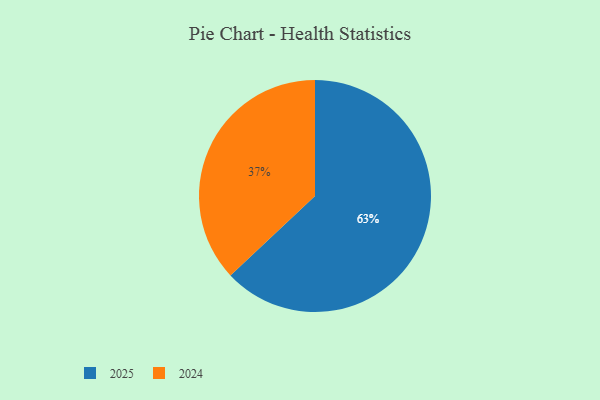
{"axis": {"x": "Category", "y": "Percentage"}, "legend": ["2024", "2025"], "data": [{"x": "2025", "y": 63, "type": "2025"}, {"x": "2024", "y": 37, "type": "2024"}]}